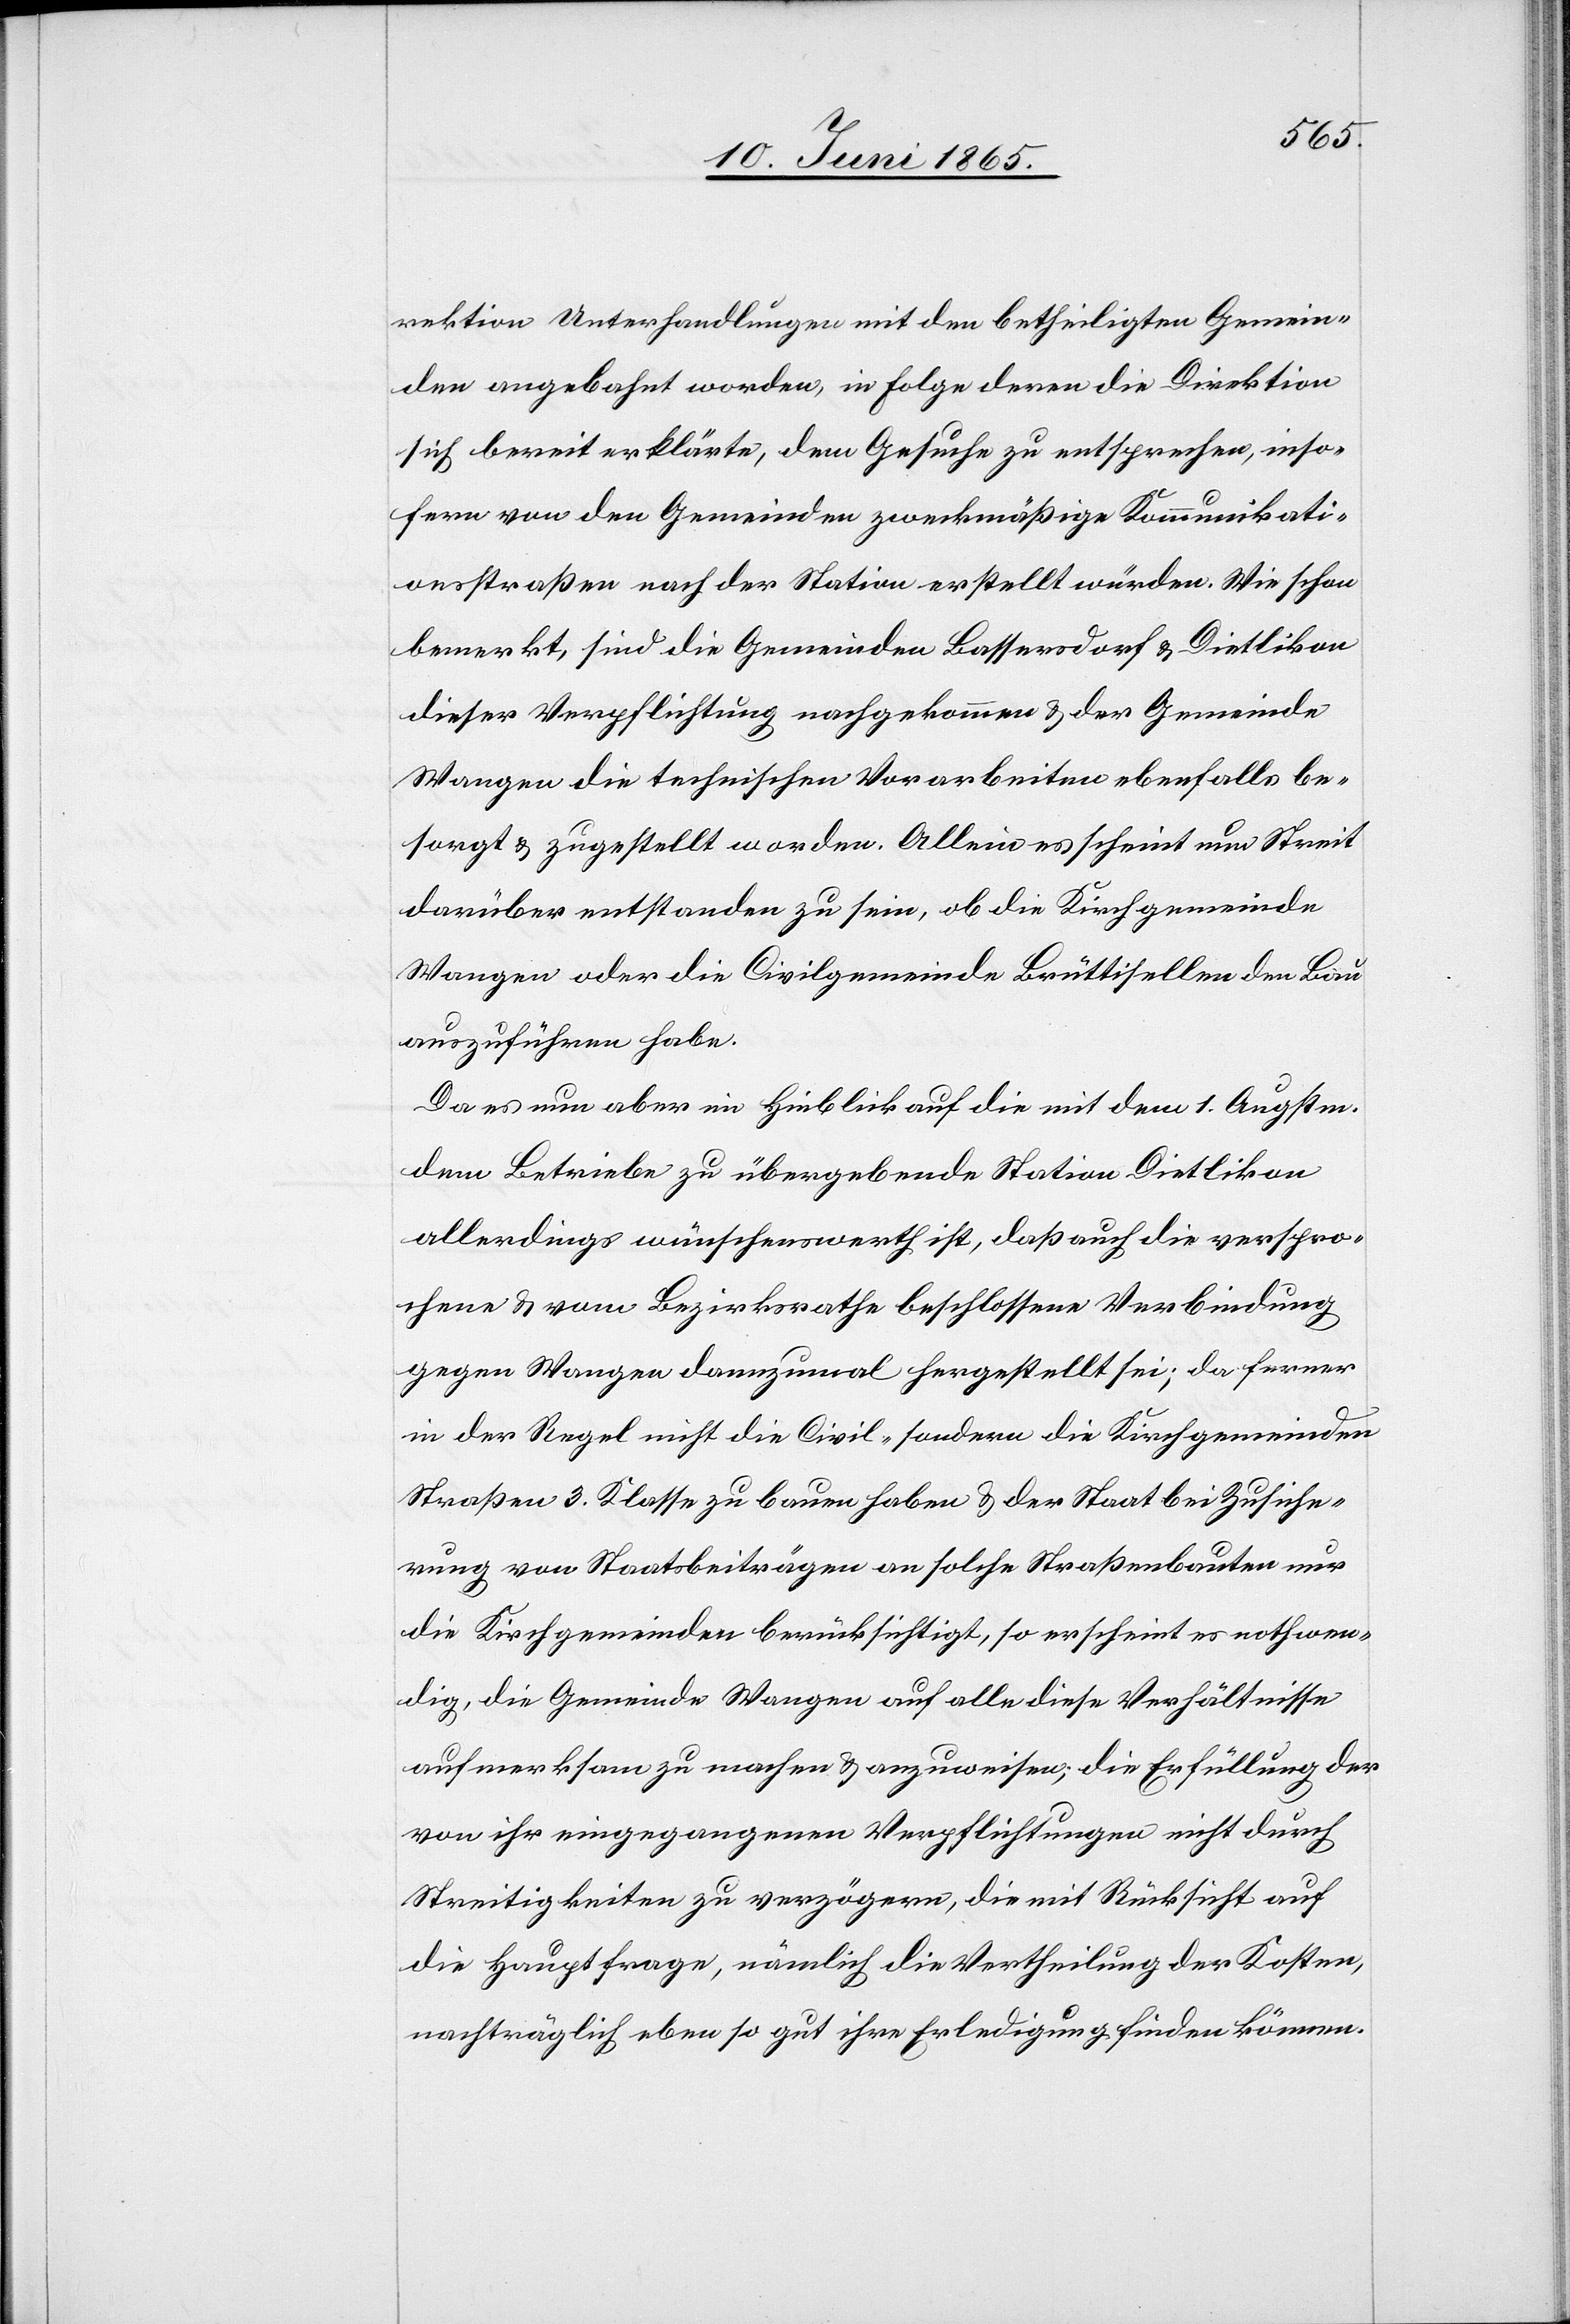
rektion Unterhandlungen mit den betheiligten Gemein¬
den angebahnt worden, in Folge deren die Direktion
sich bereit erklärte, dem Gesuche zu entsprechen, inso¬
fern von den Gemeinden zweckmäßige Kommunikati¬
onsstraßen nach der Station erstellt würden. Wie schon
bemerkt, sind die Gemeinden Bassersdorf & Dietlikon
dieser Verpflichtung nachgekommen & der Gemeinde
Wangen die technischen Vorarbeiten ebenfalls be¬
sorgt & zugestellt worden. Allein es scheint nun Streit
darüber entstanden zu sein, ob die Kirchgemeinde
Wangen oder die Civilgemeinde Brüttisellen den Bau
auszuführen habe.
Da es nun aber im Hinblick auf die mit dem 1. Augstm.
dem Betriebe zu übergebende Station Dietlikon
allerdings wünschenswerth ist, daß auch die verspro¬
chene & vom Bezirksrathe beschlossene Verbindung
gegen Wangen dannzumal hergestellt sei; da ferner
in der Regel nicht die Civil- sondern die Kirchgemeinden
Straßen 3. Klasse zu bauen haben & der Staat bei Zusiche¬
rung von Staatsbeiträgen an solche Straßenbauten nur
die Kirchgemeinden berücksichtigt, so erscheint es nothwen¬
dig, die Gemeinde Wangen auf alle diese Verhältnisse
aufmerksam zu machen & anzuweisen; die Erfüllung der
von ihr eingegangenen Verpflichtungen nicht durch
Streitigkeiten zu verzögern, die mit Rücksicht auf
die Hauptfrage, nämlich die Vertheilung der Kosten,
nachträglich eben so gut ihre Erledigung finden können.